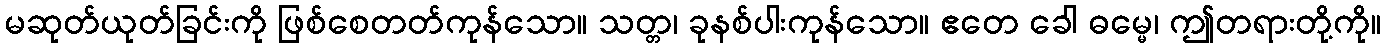
မဆုတ်ယုတ်ခြင်းကို ဖြစ်စေတတ်ကုန်သော။ သတ္တ၊ ခုနစ်ပါးကုန်သော။ ဧတေ ခေါ ဓမ္မေ၊ ဤတရားတို့ကို။